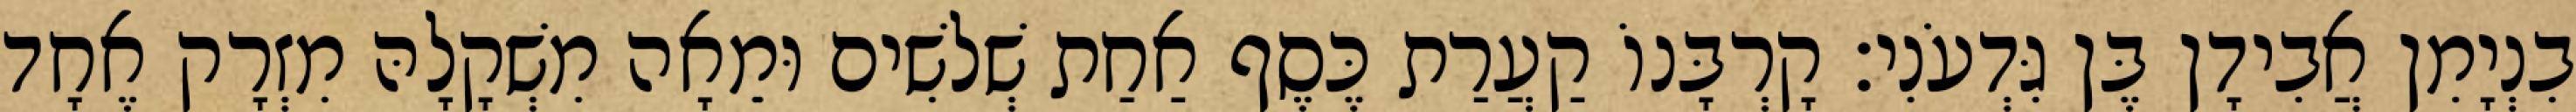
בִנְיָמִן אֲבִידָן בֶּן גִּדְעֹנִי׃ קָרְבָּנוֹ קַעֲרַת כֶּסֶף אַחַת שְׁלשִׁים וּמֵאָה מִשְׁקָלָהּ מִזְרָק אֶחָד